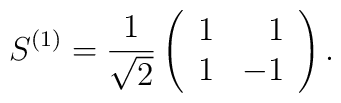
S^{(1)} = \frac{1}{\sqrt 2} \left(\begin{array}{l r}1 & 1\\1 & -1\end{array}\right).